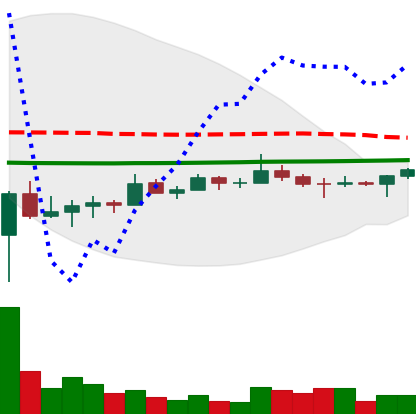
Ticker: TRX-USD
Chart end date: 2022-07-04
Forward return: 3.859%
Label: up_3_5